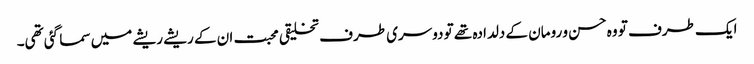
ایک طرف تو وہ حسن و رومان کے دلدادہ تھے تو دوسری طرف تخلیقی محبت ان کے ریشے ریشے میں سما گئی تھی۔